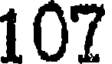
107